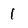
Character: 1